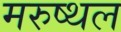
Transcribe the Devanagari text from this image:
मरुष्थल